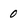
Character: 0